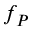
f _ { P }